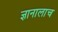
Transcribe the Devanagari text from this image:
ज्ञानालाच